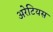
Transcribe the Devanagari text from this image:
अरेटियस